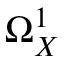
\Omega _ { X } ^ { 1 }